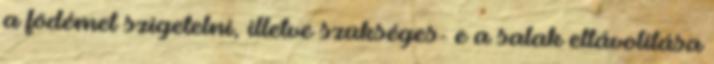
a födémet szigetelni, illetve szükséges- e a salak eltávolítása